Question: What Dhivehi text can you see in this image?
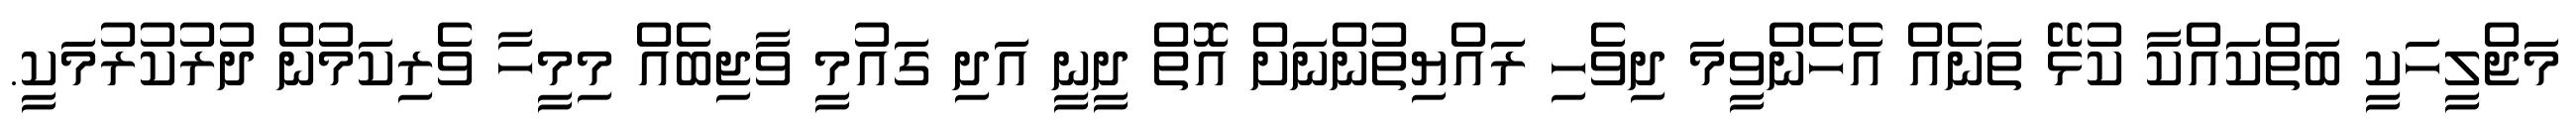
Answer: މަޖްލީހަކީ ބަތްކައްކާ ކުޅޭ ތަނެއް އެހެންވީމަ ދިވެހި ރައްޔިތުންނަށް އޮތް ދީނީ އަދި ގައުމީ ވާޖިބެއް މިމީހާ ވެރިކަމުން ދުރުކުރުމަކީ.